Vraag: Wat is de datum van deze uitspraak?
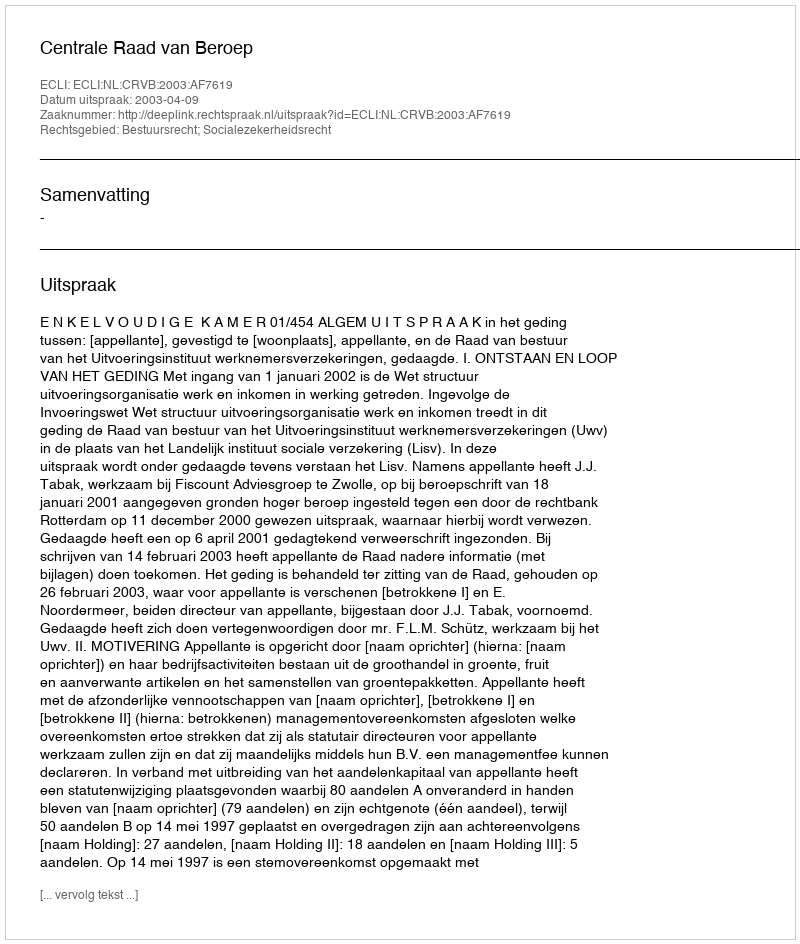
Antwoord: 2003-04-09